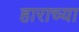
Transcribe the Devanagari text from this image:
हाराच्या